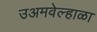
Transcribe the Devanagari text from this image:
उअमवेल्हाळा